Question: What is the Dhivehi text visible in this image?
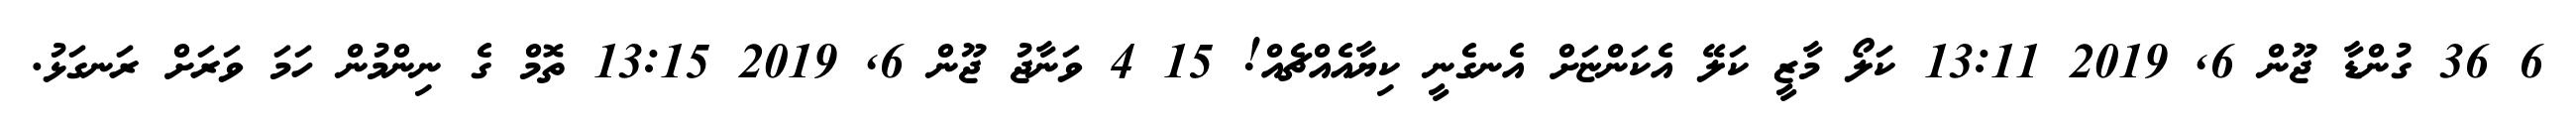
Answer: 6 36 ގުންޑާ ޖޫން 6, 2019 13:11 ކަލޯ މާޒީ ކަލޭ އެކަންޏަށް އެނގެނީ ކިޔާއެއްޗެއް! 15 4 ވަނާޖު ޖޫން 6, 2019 13:15 ތޮމް ގެ ނިންމުން ހަމަ ވަރަށް ރަނގަޅު.